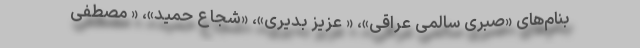
بنام‌های «صبری سالمی عراقی»، « عزیز بدیری»، «شجاع حمید»، « مصطفی